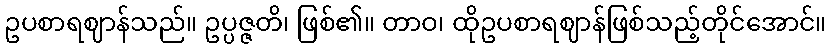
ဥပစာရဈာန်သည်။ ဥပ္ပဇ္ဇတိ၊ ဖြစ်၏။ တာဝ၊ ထိုဥပစာရဈာန်ဖြစ်သည့်တိုင်အောင်။